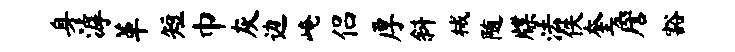
身滹革短巾灰边崦侣厚斜械随牒法佚奎詹豁